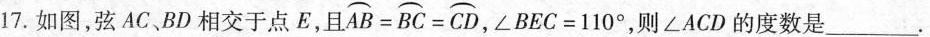
17.如图，弦AC、BD相交于点E，且 $$\stackrel\frown{AB} = \stackrel\frown{BC} = \stackrel\frown{CD}$$ ，∠BEC=110°，则∠ACD的度数是___ .